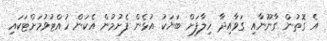
އެ ގޮތުން ގާނޫނާއި ގަވާއިދާ ހިލާފަށް ބަޔަކު އުޅެން ފެށުމުން އެކަން ހުއްޓުވުމަށްޓަކައި